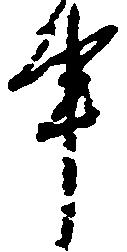
事